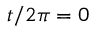
t / 2 \pi = 0